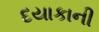
દયાકાની